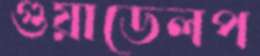
গুয়াডেলপ